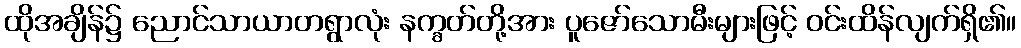
ထိုအချိန်၌ ညောင်သာယာတရွာလုံး နက္ခတ်တို့အား ပူဇော်သောမီးများဖြင့် ဝင်းထိန်လျက်ရှိ၏။